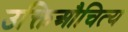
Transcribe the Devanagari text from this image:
उक्तिऔचित्य